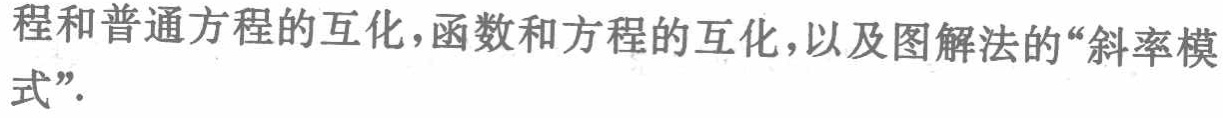
程和普通方程的互化,函数和方程的互化,以及图解法的“斜率模
式”.